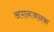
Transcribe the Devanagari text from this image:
अपानजनक